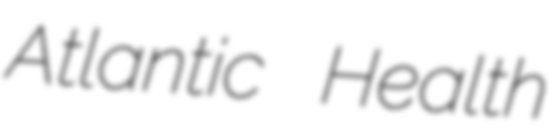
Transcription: Atlantic Health